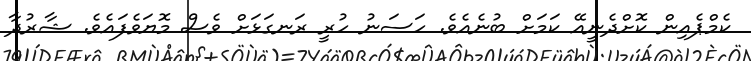
ކެމްޕެއިން ކޮށްދެނީއޭ ކަމަށް ބުނެއެވެ. ހަސަނު ހުރީ ރަނގަޅަށް ވެސް މޮޔަވެފައެވެ. ޝާރުދާ